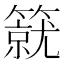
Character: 𥳛